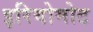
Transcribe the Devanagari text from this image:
इरियोमोट